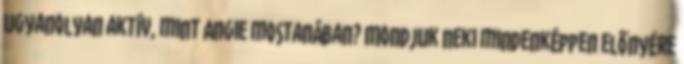
ugyanolyan aktív, mint Angie mostanában? Mondjuk neki mindenképpen előnyére